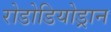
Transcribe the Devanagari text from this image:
रोडोडियोड्रान